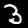
Label: 3